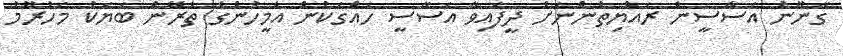
ގާނޫނު އަސާސީން ރައްޔިތުންނަށް ދީފައިވާ އަސާސީ ހައްގަކުން އެމީހުންގެ ތެރޭން ބަޔަކު މަހުރޫމު